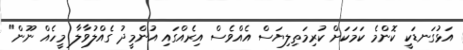
އަޅުގަނޑަކީ ކޮންމެ ކަމަކަށް ކުރިމަތިލިޔަސް އެއްވެސް އިރެއްގައި އުންމީދު ގެއްލުވާލާ މީހެއް ނޫން"